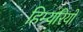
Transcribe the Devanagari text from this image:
हिम्यरियों